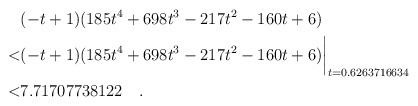
\begin{align*} & (-t+1)(185t^4+698t^3-217t^2-160t+6) \\ < & (-t+1)(185t^4+698t^3-217t^2-160t+6)\biggr\rvert_{t=0.6263716634} \\< & 7.71707738122 \quad . \end{align*}